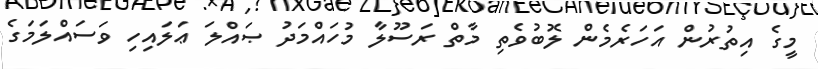
މީގެ އިތުރުން އަހަރެމެން ލޮބުވެތި މާތް ރަސޫލާ މުހައްމަދު ޞައްލަ ޢަލައިހި ވަސައްލަމަގެ